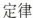
定律